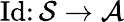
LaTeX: \operatorname{Id}\colon{\mathcal{S}}\to{\mathcal{A}}